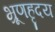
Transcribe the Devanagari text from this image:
भ्रूणहृदय